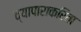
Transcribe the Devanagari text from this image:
व्यापाराकरिता